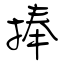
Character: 捧